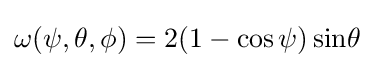
\omega (\psi ,\theta ,\phi )=2(1-\cos \psi )\sin \!\theta